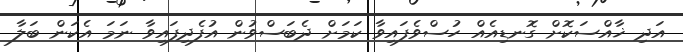
އަދި ޚާއްސަކޮށް ގޮނޑިއެއް ހުސްވެފައިވާ ކަމަށް ދެބަސްވުން އުފެދިފައިވާ ނަމަ އެކަން ބަލާ